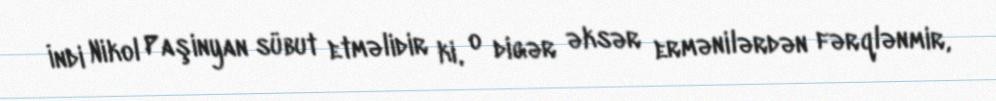
İndi Nikol Paşinyan sübut etməlidir ki, o digər əksər ermənilərdən fərqlənmir,